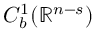
C _ { b } ^ { 1 } ( \mathbb { R } ^ { n - s } )